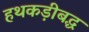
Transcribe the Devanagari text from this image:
हथकड़ीबद्ध